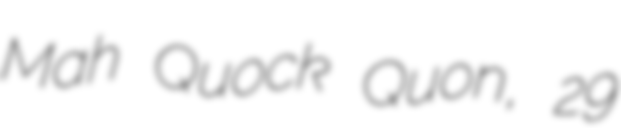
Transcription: Mah Quock Quon, 29